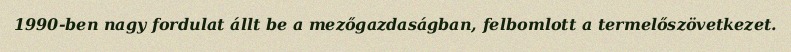
1990-ben nagy fordulat állt be a mezőgazdaságban, felbomlott a termelőszövetkezet.